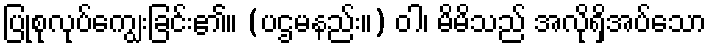
ပြုစုလုပ်ကျွေးခြင်း၏။ (ပဌမနည်း။) ဝါ၊ မိမိသည် အလိုရှိအပ်သော